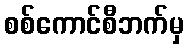
စစ်ကောင်စီဘက်မှ